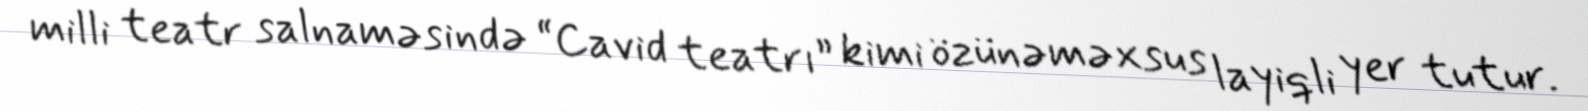
milli teatr salnaməsində “Cavid teatrı” kimi özünəməxsus layiqli yer tutur.